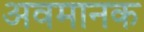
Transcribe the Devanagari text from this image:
अवमानक